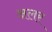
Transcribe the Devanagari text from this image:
अलर